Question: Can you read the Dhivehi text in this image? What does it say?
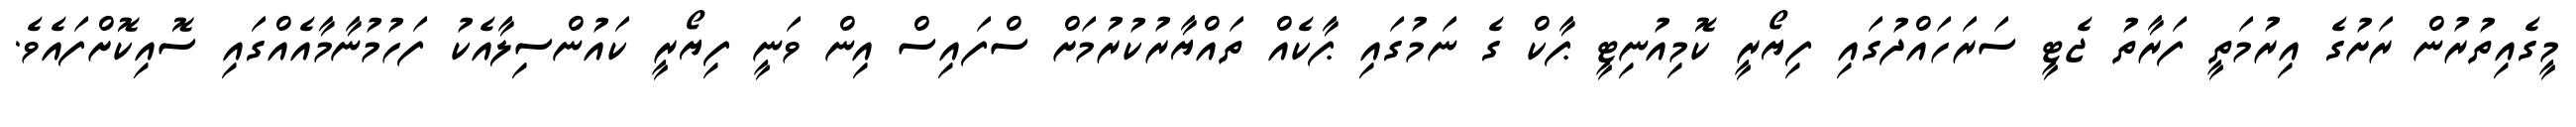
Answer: މީގެއިތުރުން ރަށުގެ އިރުމަތީ ފަރާތު ޖެޓީ ސަރަހައްދުގައި ފިޔޯރީ ކޮމިއުނިޓީ ޕާކް ގެ ނަމުގައި ޕާކެއް ތައްޔާރުކުރުމަށް ސްފައިސް އިން ވަނީ ފިޔޯރީ ކައުންސިލާއެކު ފަހުމުނާމާއެއްގައި ސޮއިކޮށްފައެވެ.